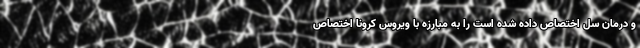
و درمان سل اختصاص داده شده است را به مبارزه با ویروس کرونا اختصاص